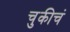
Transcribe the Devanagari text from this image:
चुकीचं